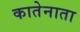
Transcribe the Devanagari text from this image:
कातेनाता